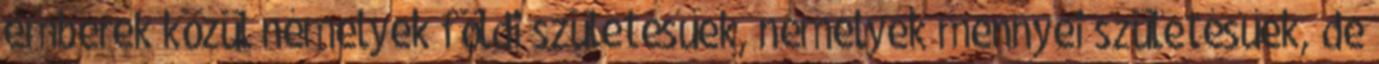
emberek közül némelyek földi születésűek, némelyek mennyei születésűek, de